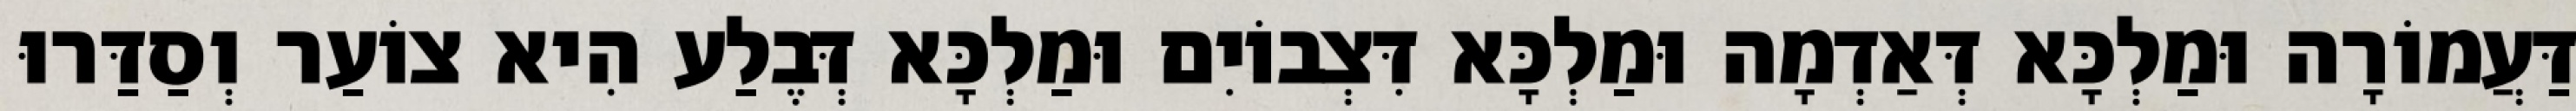
דַּעֲמוֹרָה וּמַלְכָּא דְּאַדְמָה וּמַלְכָּא דִּצְבוֹיִם וּמַלְכָּא דְּבֶלַע הִיא צוֹעַר וְסַדַּרוּ